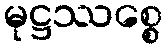
မုဋ္ဌဿစ္စေ